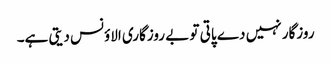
روزگار نہیں دے پاتی تو بے روزگاری الاؤنس دیتی ہے۔